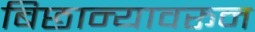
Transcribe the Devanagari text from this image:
बिछान्यावरून